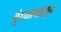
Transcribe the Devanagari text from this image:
बुंध्यापासून